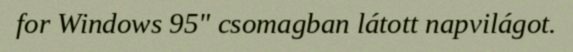
for Windows 95" csomagban látott napvilágot.